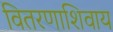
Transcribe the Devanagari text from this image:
वितरणाशिवाय